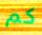
كم